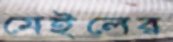
মেইলের